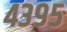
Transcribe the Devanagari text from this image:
४३९५